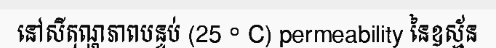
នៅសីតុណ្ហភាពបន្ទប់ (25 ° C) permeability នៃឧស្ម័ន